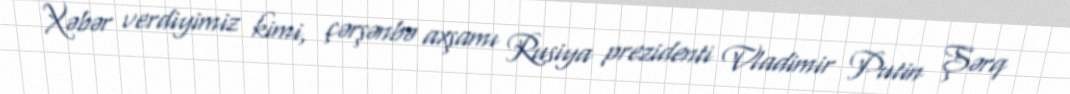
Xəbər verdiyimiz kimi, çərşənbə axşamı Rusiya prezidenti Vladimir Putin Şərq